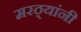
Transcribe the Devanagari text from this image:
मरठ्यांनी